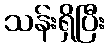
သန်းရှိပြီး